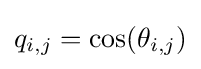
q_{i,j}=\cos(\theta _{i,j})